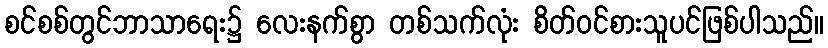
စင်စစ်တွင်ဘာသာရေး၌ လေးနက်စွာ တစ်သက်လုံး စိတ်ဝင်စားသူပင်ဖြစ်ပါသည်။